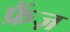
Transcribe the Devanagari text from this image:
फ्रैंज़